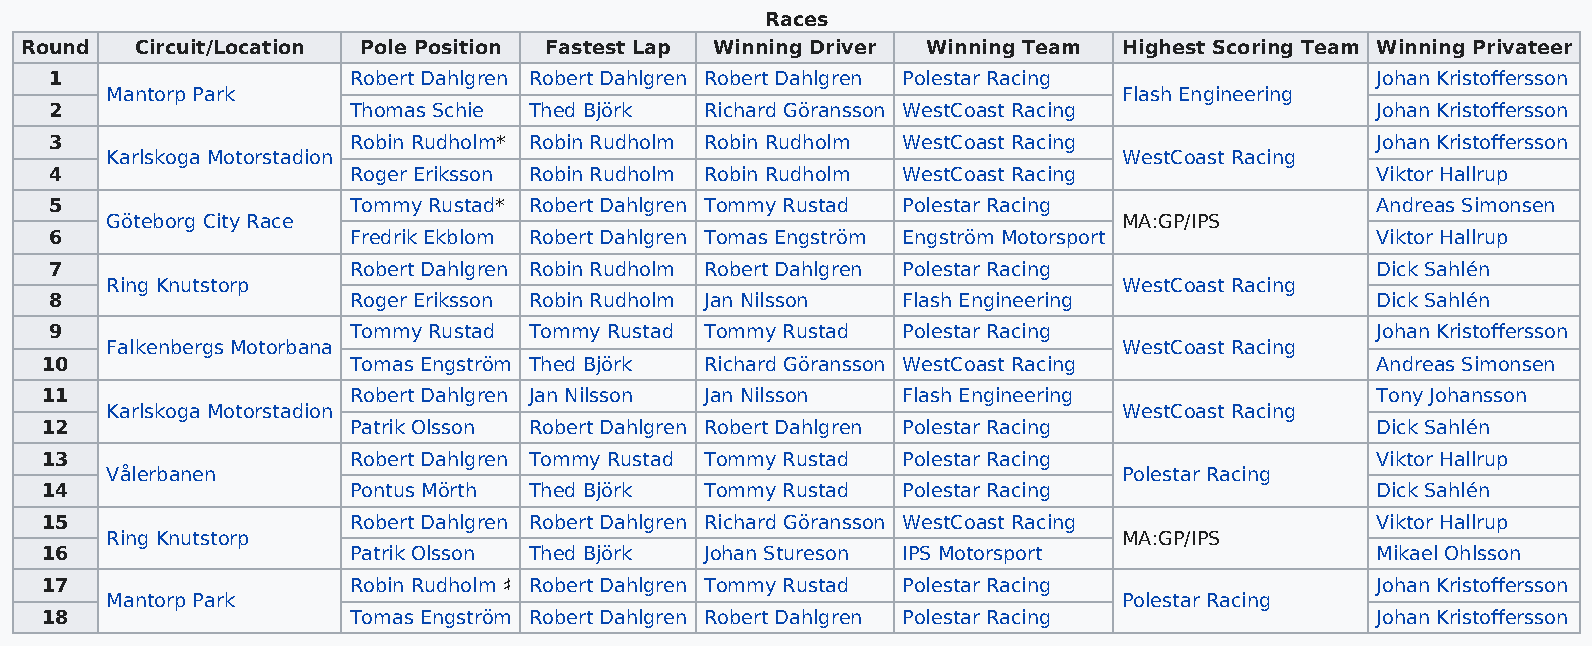
Races
 Round   Circuit/Location Pole Position Fastest Lap Winning Driver Winning Team Highest Scoring Team Winning Privateer
 1                   Robert Dahlgren Robert Dahlgren Robert Dahlgren Polestar Racing     Johan Kristoffersson
 Mantorp Park                                                       Flash Engineering
 2                   Thomas Schie Thed Björk Richard Göransson WestCoast Racing          Johan Kristoffersson
 3                   Robin Rudholm* Robin Rudholm Robin Rudholm WestCoast Racing         Johan Kristoffersson
 Karlskoga Motorstadion                                             WestCoast Racing
 4                   Roger Eriksson Robin Rudholm Robin Rudholm WestCoast Racing         Viktor Hallrup
 5                   Tommy Rustad* Robert Dahlgren Tommy Rustad Polestar Racing          Andreas Simonsen
 Göteborg City Race                                                 MA:GP/IPS
 6                   Fredrik Ekblom Robert Dahlgren Tomas Engström Engström Motorsport   Viktor Hallrup
 7                   Robert Dahlgren Robin Rudholm Robert Dahlgren Polestar Racing       Dick Sahlén
 Ring Knutstorp                                                     WestCoast Racing
 8                   Roger Eriksson Robin Rudholm Jan Nilsson Flash Engineering          Dick Sahlén
 9                   Tommy Rustad Tommy Rustad Tommy Rustad Polestar Racing              Johan Kristoffersson
 Falkenbergs Motorbana                                              WestCoast Racing
 10                  Tomas Engström Thed Björk Richard Göransson WestCoast Racing        Andreas Simonsen
 11                  Robert Dahlgren Jan Nilsson Jan Nilsson Flash Engineering           Tony Johansson
 Karlskoga Motorstadion                                             WestCoast Racing
 12                  Patrik Olsson Robert Dahlgren Robert Dahlgren Polestar Racing       Dick Sahlén
 13                  Robert Dahlgren Tommy Rustad Tommy Rustad Polestar Racing           Viktor Hallrup
 Vålerbanen                                                         Polestar Racing
 14                  Pontus Mörth Thed Björk Tommy Rustad Polestar Racing                Dick Sahlén
 15                  Robert Dahlgren Robert Dahlgren Richard Göransson WestCoast Racing  Viktor Hallrup
 Ring Knutstorp                                                     MA:GP/IPS
 16                  Patrik Olsson Thed Björk Johan Stureson IPS Motorsport              Mikael Ohlsson
 17                  Robin Rudholm ♯ Robert Dahlgren Tommy Rustad Polestar Racing        Johan Kristoffersson
 Mantorp Park                                                       Polestar Racing
 18                  Tomas Engström Robert Dahlgren Robert Dahlgren Polestar Racing      Johan Kristoffersson